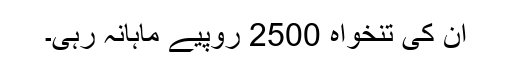
ان کی تنخواہ 2500 روپیے ماہانہ رہی۔